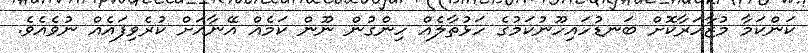
ކަންކަމާ މުޒާހަރާކޮށް ބަނޑުހައިހޫނުކަމުގެ ހަޅުތާލެއް ހިންގުން ނޫން ކަމެއް އޭނާއަށް ކުރެވިފައެއް ނުވެއެވެ.